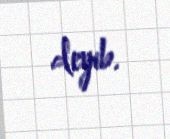
deyib.